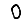
Digit: 0